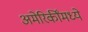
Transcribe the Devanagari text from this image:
अमेरिकींमध्ये